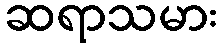
ဆရာသမား